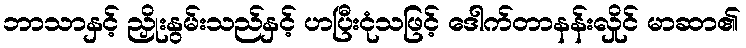
ဘာသာနှင့် ညှိုးနွမ်းသည်နှင့် ဟပြီးငုံသဖြင့် ဒေါက်တာနန်းလှိုင် မာဆာ၏